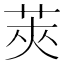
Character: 莢